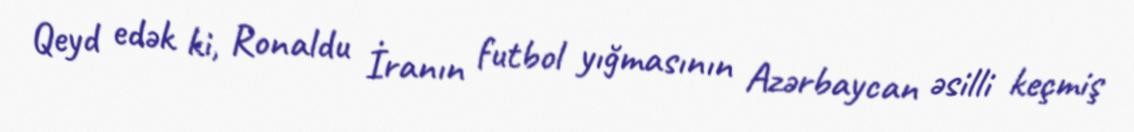
Qeyd edək ki, Ronaldu İranın futbol yığmasının Azərbaycan əsilli keçmiş